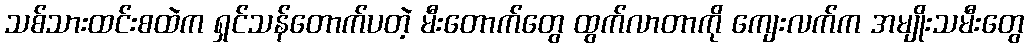
သစ်သားထင်းစထဲက ရှင်သန်တောက်ပတဲ့ မီးတောက်တွေ ထွက်လာတာကို ကျေးလက်က အမျိုးသမီးတွေ